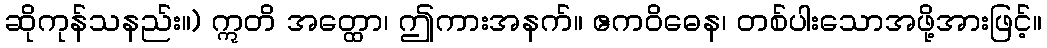
ဆိုကုန်သနည်း။) ဣတိ အတ္ထော၊ ဤကားအနက်။ ဧကဝိဓေန၊ တစ်ပါးသောအဖို့အားဖြင့်။